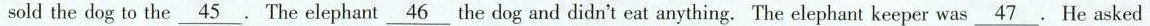
sold the dog to the\underline{45}. The elephant \underline{46}the dog and didn't eat anything. The elephant keeper was \underline{47}. He asked